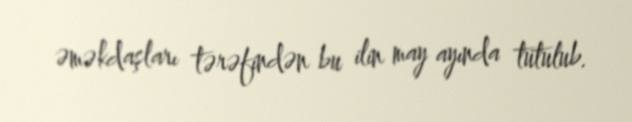
əməkdaşları tərəfindən bu ilin may ayında tutulub.